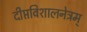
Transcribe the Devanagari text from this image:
दीप्तविशालनेत्रम्